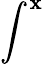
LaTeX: \int^{\mathbf{x}}